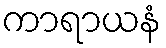
ကာရာယနံ